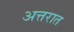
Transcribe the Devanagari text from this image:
अत्तरात